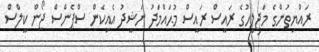
ރައްޔިތުންގެ މަޖިލީހުގެ ރައީސް ރައީސް މުޙައްމަދު ނަޝީދު އެއިކެން ސްޕެންސް ޖޯން ކީލްސް